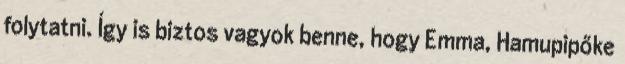
folytatni. Így is biztos vagyok benne, hogy Emma, Hamupipőke